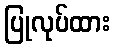
ပြုလုပ်ထား